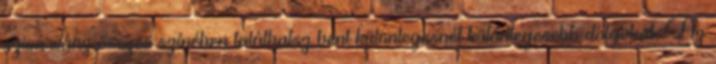
szivárvány összes színében találhatsz bent különlegesnél különlegesebb dolgokat. Az